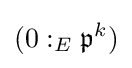
(0:_{E}{\mathfrak {p}}^{k})